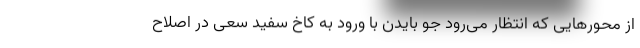
از محورهایی که انتظار می‌رود جو بایدن با ورود به کاخ سفید سعی در اصلاح